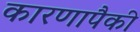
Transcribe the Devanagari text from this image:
कारणापैकी